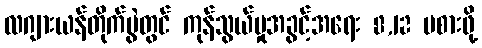
လဂျားယန်တိုက်ပွဲတွင် ကုန်သွယ်မှုအခွင့်အရေး 8,12 မစားဖို့